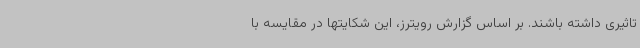
تاثیری داشته باشند. بر اساس گزارش رویترز، این شکایتها در مقایسه با